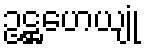
ဥဋ္ဌဟေယျုံ